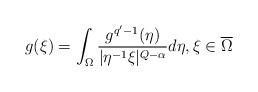
LaTeX: \begin{align*}g(\xi)=\int_\Omega\frac{g^{q'-1}(\eta)}{|\eta^{-1}\xi|^{Q-\alpha}}d\eta, \xi\in \overline{\Omega}\end{align*}